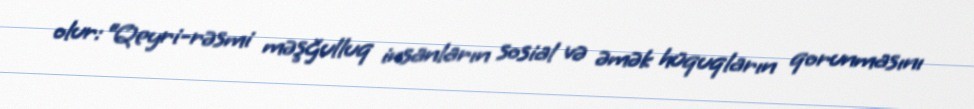
olur: “Qeyri-rəsmi məşğulluq insanların sosial və əmək hüquqların qorunmasını